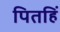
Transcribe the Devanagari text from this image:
पितहिं